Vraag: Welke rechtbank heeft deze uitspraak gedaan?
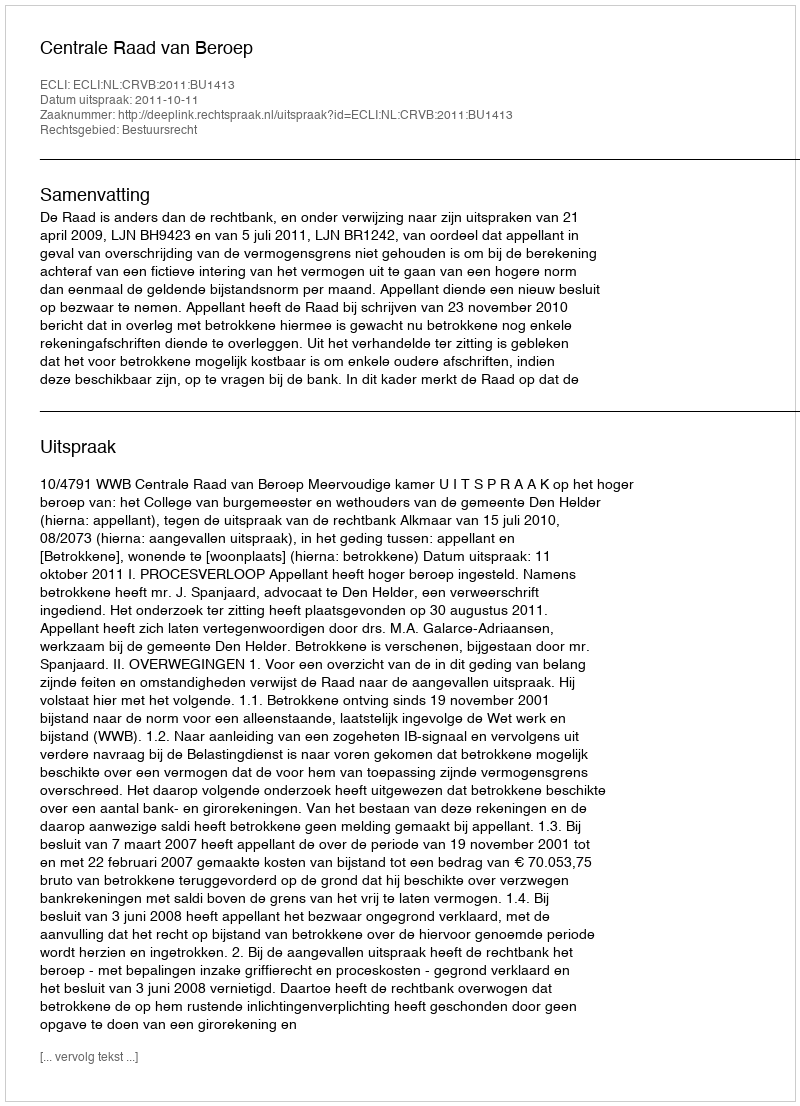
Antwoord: Centrale Raad van Beroep